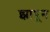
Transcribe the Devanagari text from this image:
झापून